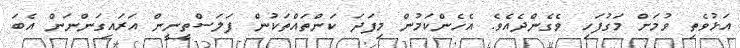
އަޅުވެތި ވުމަށް މަގުފަހި ވެގެންދެއެވެ. އެހެންކަމުން މިފަދަ ކަންތައްތަކުން ފަލަސްތީނީން އަރައިގަންނަން އެބަ